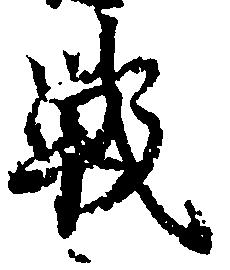
戦